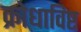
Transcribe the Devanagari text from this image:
क्रोधाविष्ट